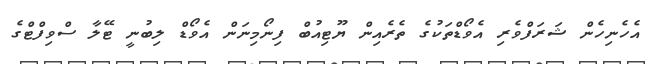
އެހެނިހެން ޝަރަފްވެރި އެވޯޑްތަކުގެ ތެރެއިން ޔޫޓިއުބް ފިނޯމިނަން އެވޯޑް ލިބުނީ ޓޭލާ ސްވިފްޓްގެ